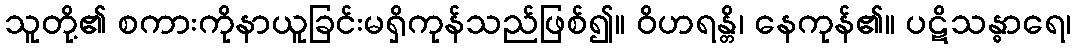
သူတို့၏ စကားကိုနာယူခြင်းမရှိကုန်သည်ဖြစ်၍။ ဝိဟရန္တိ၊ နေကုန်၏။ ပဋိသန္ဓာရေ၊